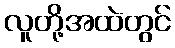
လူတို့အထဲတွင်